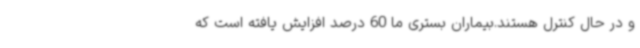
و در حال کنترل هستند.بیماران بستری ما 60 درصد افزایش یافته است که